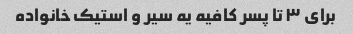
برای ۳ تا پسر کافیه یه سیر و استیک خانواده